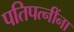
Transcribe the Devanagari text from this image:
पतिपत्‍नींना